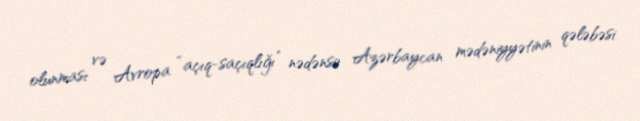
olunması və Avropa “açıq-saçıqlığı” nədənsə Azərbaycan mədəniyyətinin qələbəsi